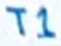
Text: T1